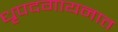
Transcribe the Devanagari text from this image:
धृपदगायनात